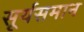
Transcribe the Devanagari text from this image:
सूर्यसमान